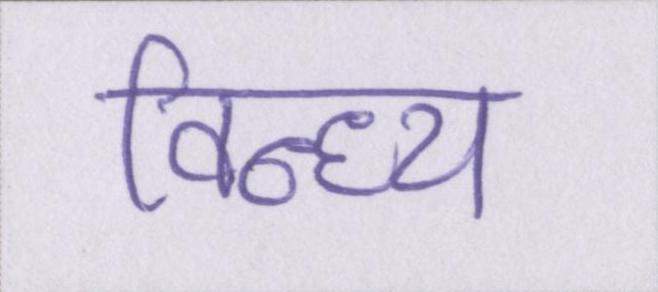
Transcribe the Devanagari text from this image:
विन्ध्य